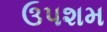
ઉપશમ